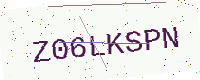
Text: Z06LKSPN